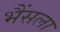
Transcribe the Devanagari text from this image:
भैंसला